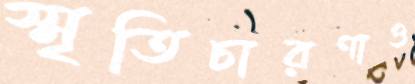
স্মৃতিচারণাও